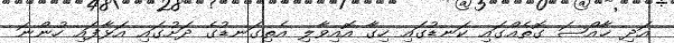
އަދި ޚާއްޞަ ގޮތެއްގައި ކަނޑުގައި ހިގާ އޮއިވާލި އެތިގަނޑުގެ ދަށުގައި އަޅާފައި ހުންނަ